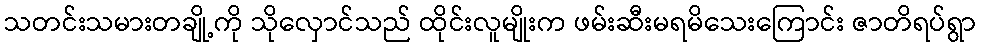
သတင်းသမားတချို့ကို သိုလှောင်သည် ထိုင်းလူမျိုးက ဖမ်းဆီးမရမိသေးကြောင်း ဇာတိရပ်ရွာ